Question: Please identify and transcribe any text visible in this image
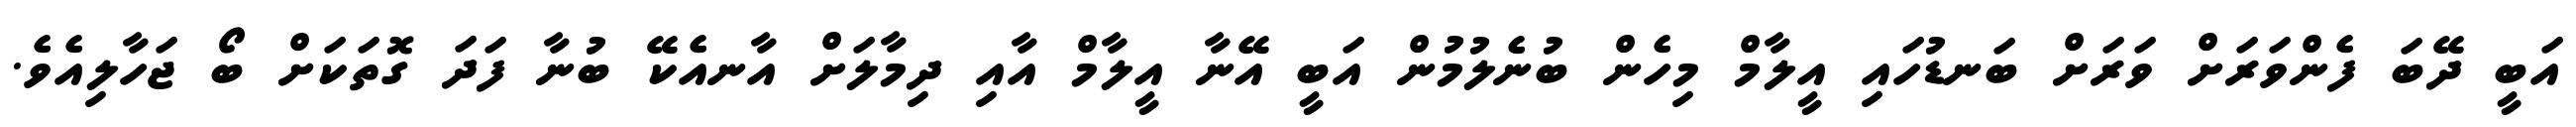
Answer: އަބީ ދޭބަ ފެންވަރަށް ވަރަށް ބަނޑުހައި އީލާމް މިހެން ބުނެލުމުން އަބީ އޭނާ އީލާމް އާއި ދިމާލަށް އާނއެކޭ ބުނާ ފަދަ ގޮތަކަށް ބޯ ޖަހާލިއެވެ.